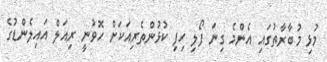
މުޅި މުބާރާތުގައި އެންމެ ގިނަ ފޯލި ހިފި ކުޅުންތެރިއަކަށް ހޮވުނީ ރިއަލް އައިލެންޑުގެ